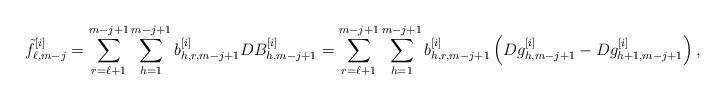
LaTeX: \begin{align*}\tilde{f}^{[i]}_{\ell,m-j}= \sum_{r=\ell+1}^{m-j+1} \sum_{h=1}^{m-j+1} b^{[i]}_{h,r,m-j+1}D B^{[i]}_{h,m-j+1}= \sum_{r=\ell+1}^{m-j+1} \sum_{h=1}^{m-j+1} b^{[i]}_{h,r,m-j+1}\left(D g^{[i]}_{h,m-j+1}-Dg^{[i]}_{h+1,m-j+1}\right),\end{align*}